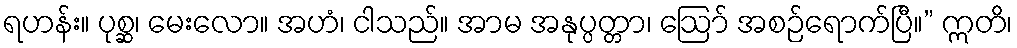
ရဟန်း။ ပုစ္ဆ၊ မေးလော။ အဟံ၊ ငါသည်။ အာမ အနုပ္ပတ္တာ၊ ဩော် အစဉ်ရောက်ပြီ။” ဣတိ၊